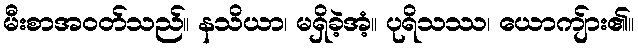
မီးစာအဝတ်သည်။ နသိယာ၊ မရှိခဲ့အံ့။ ပုရိသဿ၊ ယောကျ်ား၏။